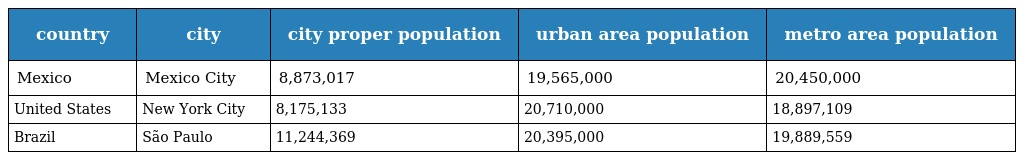
| country | city | city proper population | urban area population | metro area population |
 | --- | --- | --- | --- | --- |
 | Mexico | Mexico City | 8,873,017 | 19,565,000 | 20,450,000 |
 | United States | New York City | 8,175,133 | 20,710,000 | 18,897,109 |
 | Brazil | São Paulo | 11,244,369 | 20,395,000 | 19,889,559 |